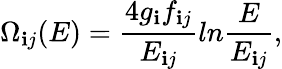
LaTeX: \Omega_{\mathbf{i}j}(E)={\frac{{4g_{\mathbf{i}}f_{\mathbf{i}j}}}{{E_{\mathbf{i}j}}}}ln{\frac{{E}}{{E_{\mathbf{i}j}}}},